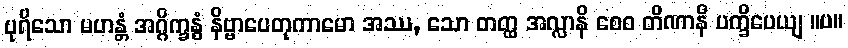
ပုရိသော မဟန္တံ အဂ္ဂိက္ခန္ဓံ နိဗ္ဗာပေတုကာမော အဿ, သော တတ္ထ အလ္လာနိ စေဝ တိဏာနိ ပက္ခိပေယျ ။ပ။